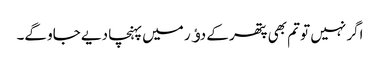
اگر نہیں تو تم بھی پتھر کے دﺅر میں پہنچا دیے جاو گے۔